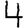
Digit: 4